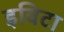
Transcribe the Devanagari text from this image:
इविटा